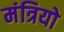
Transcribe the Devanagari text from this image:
मंत्रियो